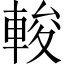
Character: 𨌘